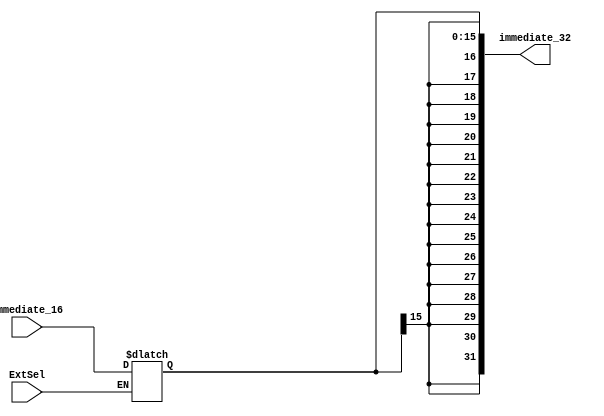
`timescale 1ns / 1ps
//////////////////////////////////////////////////////////////////////////////////
// Company: 
// Engineer: 
// 
// Design Name: 
// Module Name: signExtend
// Project Name: 
// Target Devices: 
// Tool Versions: 
// Description: 
// 
// Dependencies: 
// 
// Revision:
// Revision 0.01 - File Created
// Additional Comments:
// 
//////////////////////////////////////////////////////////////////////////////////


module signExtend(ExtSel,immediate_16, immediate_32);
    input ExtSel;
    input [15:0] immediate_16;
    output reg [31:0] immediate_32;

    initial begin
        immediate_32 = 0;
    end
    always @(immediate_16 or ExtSel) begin
        if(ExtSel) begin
            immediate_32 <= {{16{immediate_16[15]}}, immediate_16[15:0]};
        end
    end
endmodule